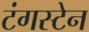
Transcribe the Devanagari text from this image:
टंगस्टेन